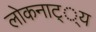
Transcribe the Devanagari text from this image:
लोकनाट््य